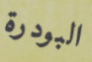
البودرة